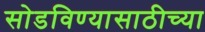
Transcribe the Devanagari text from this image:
सोडविण्यासाठीच्या